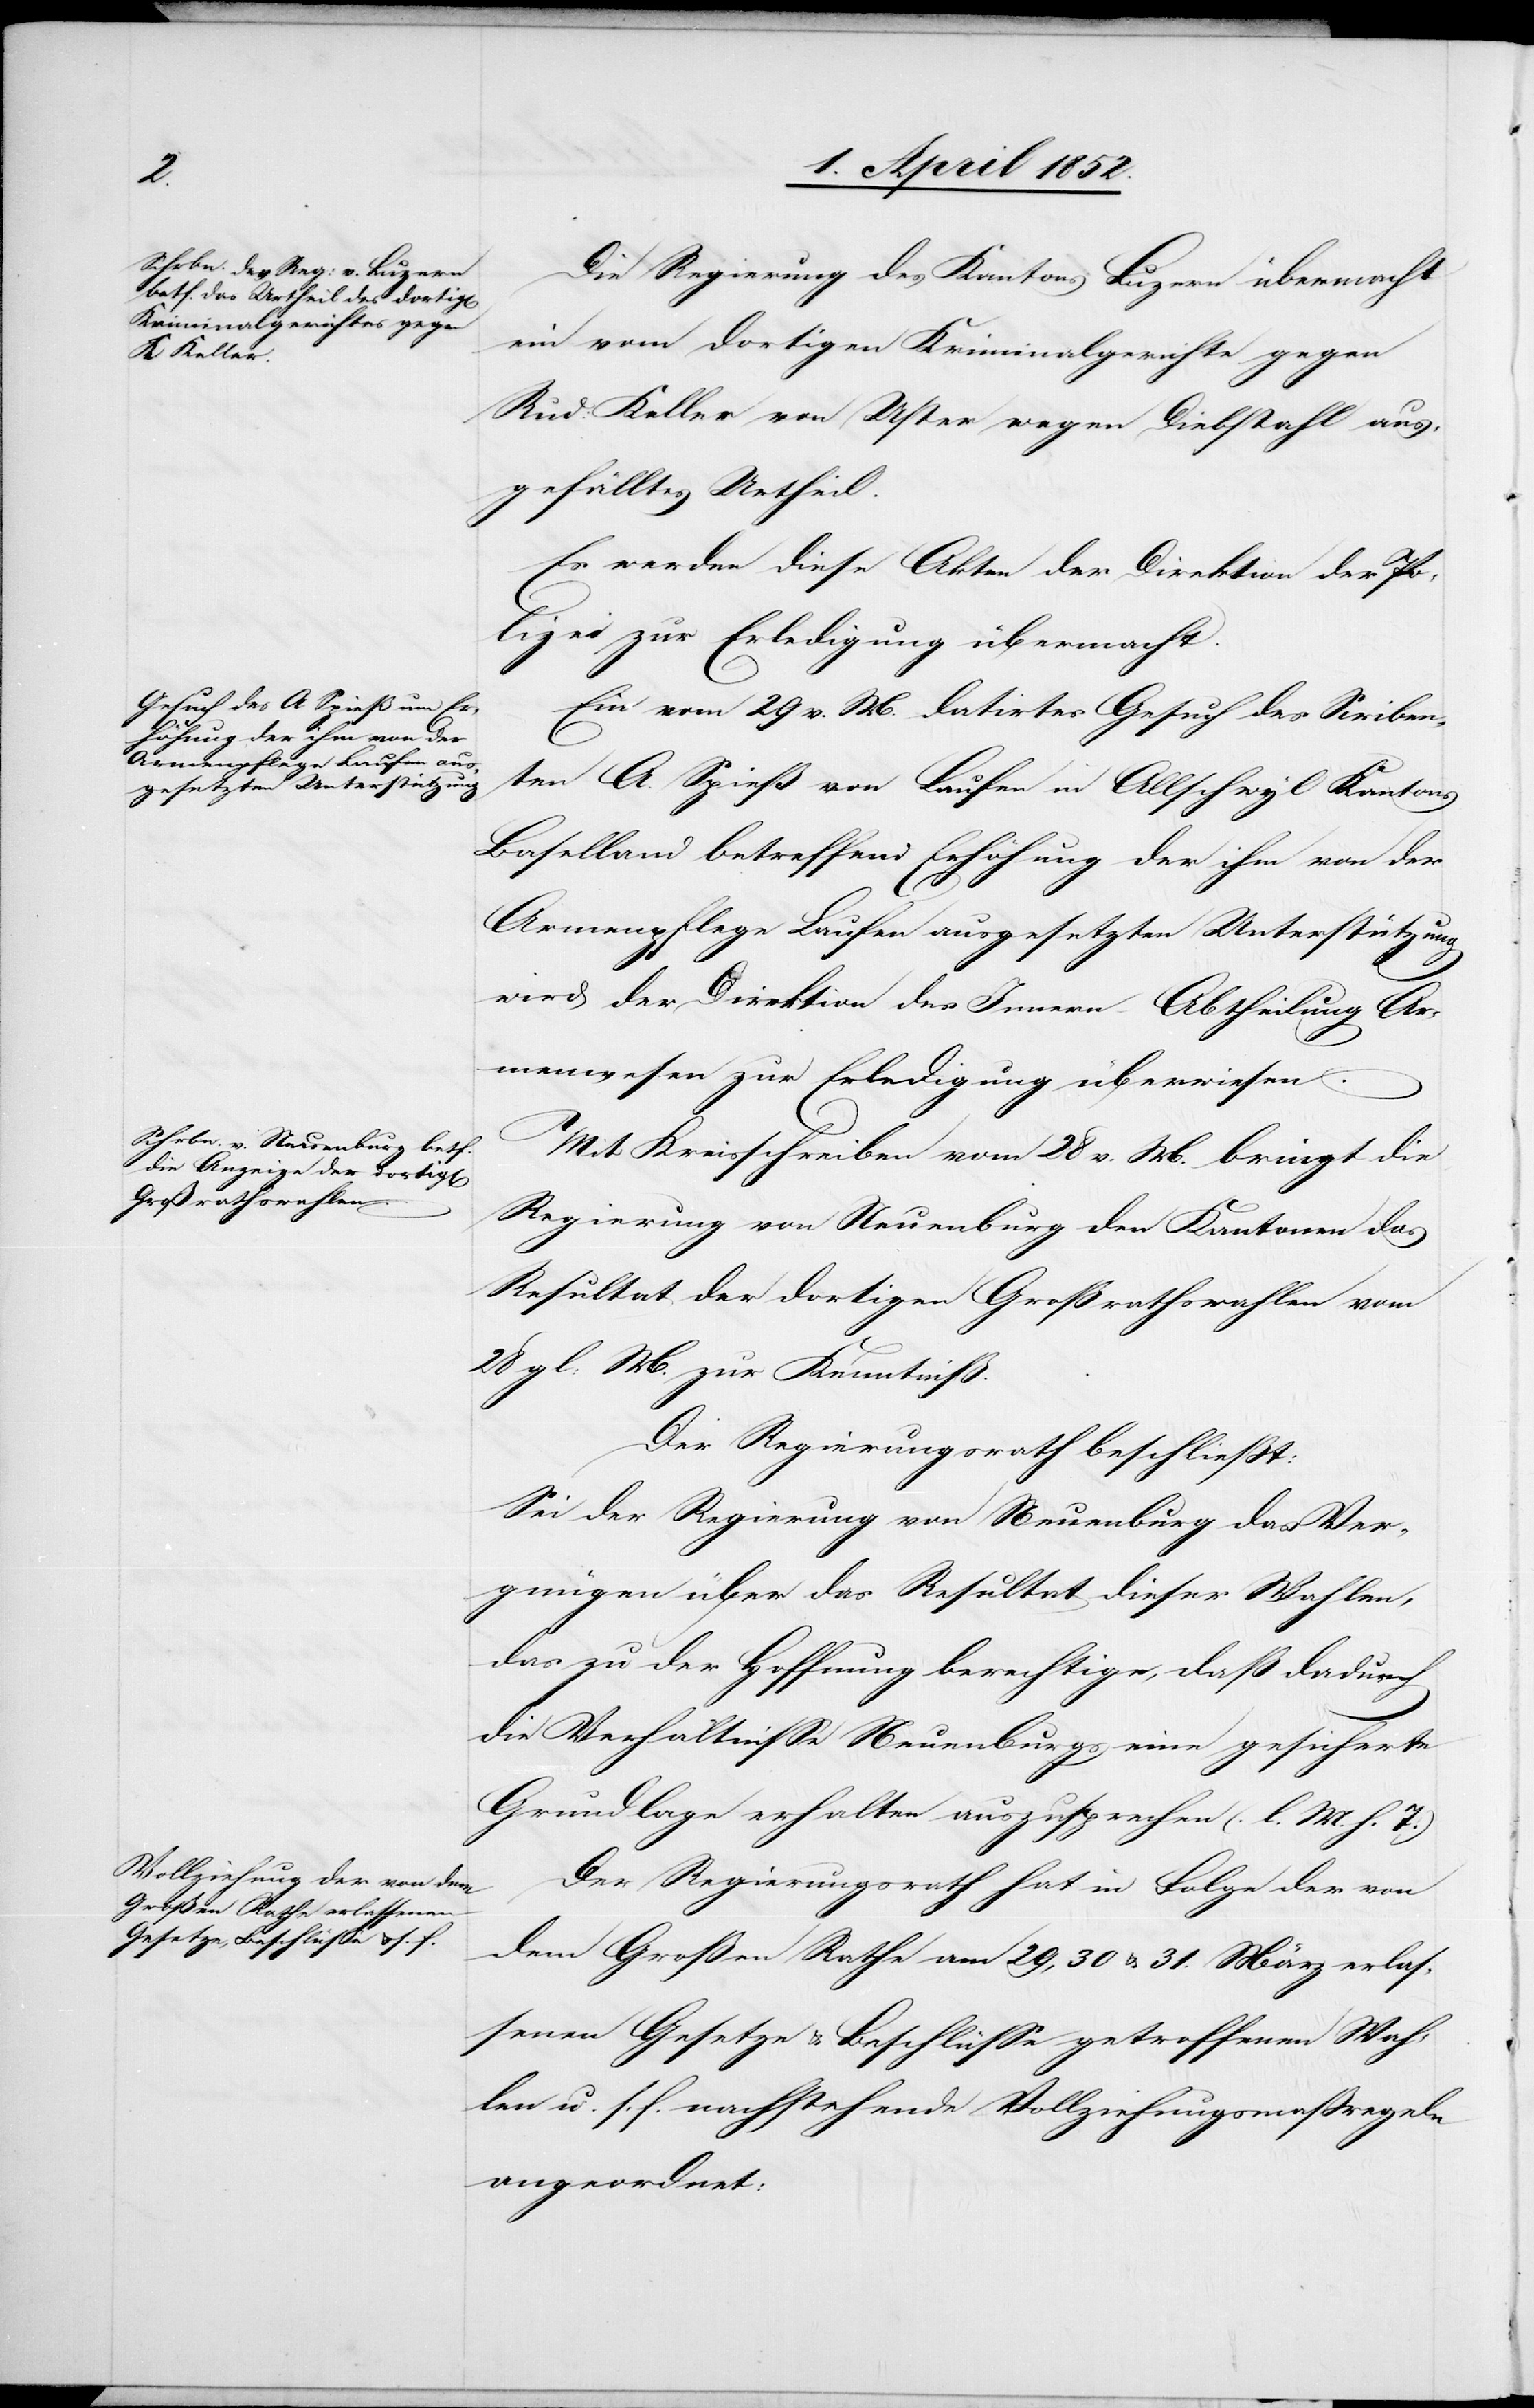
Die Regierung des Kantons Luzern übermacht
ein vom dortigen Kriminalgerichte gegen
Rud: Keller von Uster wegen Diebstahl aus¬
gefälltes Urtheil.
Es werden diese Akten der Direktion der Po¬
lizei zur Erledigung übermacht.
Ein vom 29 v. M. datirtes Gesuch des Scriben¬
ten A. Spieß von Laufen in Allschwyl Kantons
Baselland betreffend Erhöhung der ihm von der
Armenpflege Laufen ausgesetzten Unterstützung
wird der Direktion des Innern Abtheilung Ar¬
menwesen zur Erledigung überwiesen.
Mit Kreisschreiben vom 28 v. M. bringt die
Regierung von Neuenburg den Kantonen das
Resultat der dortigen Großrathswahlen vom
28 gl. M. zur Kenntniß.
Der Regierungsrath beschliesst:
Sei der Regierung von Neuenburg das Ver¬
gnügen über das Resultat dieser Wahlen,
das zu der Hoffrnung berechtige, daß dadurch
die Verhältnisse Neuenburgs eine gesicherte
Grundlage erhalten auszusprechen (l. M. h. T.)
Der Regierungsrath hat in Folge der von
dem Großen Rathe am 29, 30 & 31. März erlas¬
senen Gesetze & Beschlüsse[,] getroffenen Wah¬
len u. s. f. nachstehende Vollziehungsmassregeln
angeordnet: